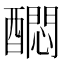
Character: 𲆻